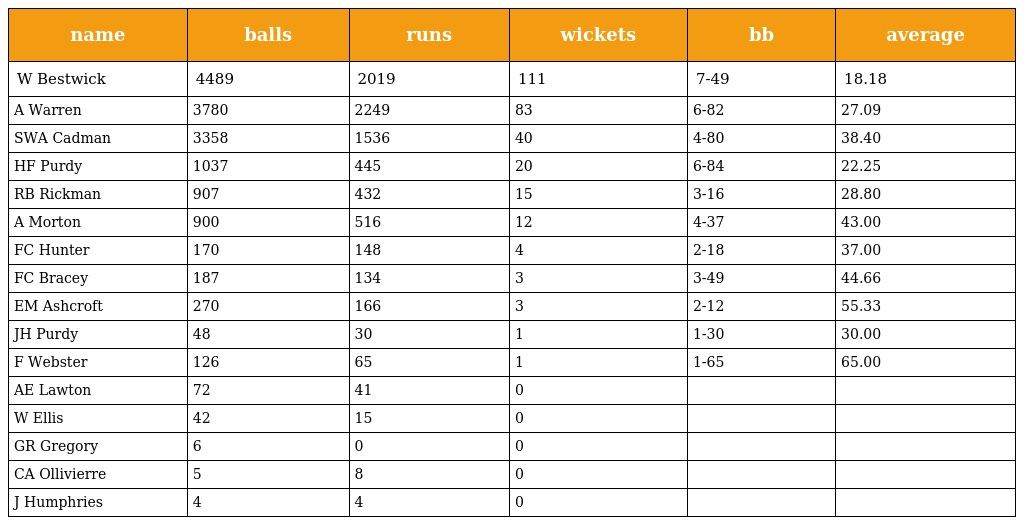
| name | balls | runs | wickets | bb | average |
 | --- | --- | --- | --- | --- | --- |
 | W Bestwick | 4489 | 2019 | 111 | 7-49 | 18.18 |
 | A Warren | 3780 | 2249 | 83 | 6-82 | 27.09 |
 | SWA Cadman | 3358 | 1536 | 40 | 4-80 | 38.40 |
 | HF Purdy | 1037 | 445 | 20 | 6-84 | 22.25 |
 | RB Rickman | 907 | 432 | 15 | 3-16 | 28.80 |
 | A Morton | 900 | 516 | 12 | 4-37 | 43.00 |
 | FC Hunter | 170 | 148 | 4 | 2-18 | 37.00 |
 | FC Bracey | 187 | 134 | 3 | 3-49 | 44.66 |
 | EM Ashcroft | 270 | 166 | 3 | 2-12 | 55.33 |
 | JH Purdy | 48 | 30 | 1 | 1-30 | 30.00 |
 | F Webster | 126 | 65 | 1 | 1-65 | 65.00 |
 | AE Lawton | 72 | 41 | 0 |  |  |
 | W Ellis | 42 | 15 | 0 |  |  |
 | GR Gregory | 6 | 0 | 0 |  |  |
 | CA Ollivierre | 5 | 8 | 0 |  |  |
 | J Humphries | 4 | 4 | 0 |  |  |